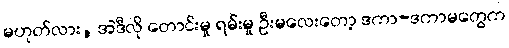
မဟုတ်လား, အဲဒီလို တောင်းမှု ရမ်းမှု ဦးမလေးတော့ ဒကာ-ဒကာမတွေက